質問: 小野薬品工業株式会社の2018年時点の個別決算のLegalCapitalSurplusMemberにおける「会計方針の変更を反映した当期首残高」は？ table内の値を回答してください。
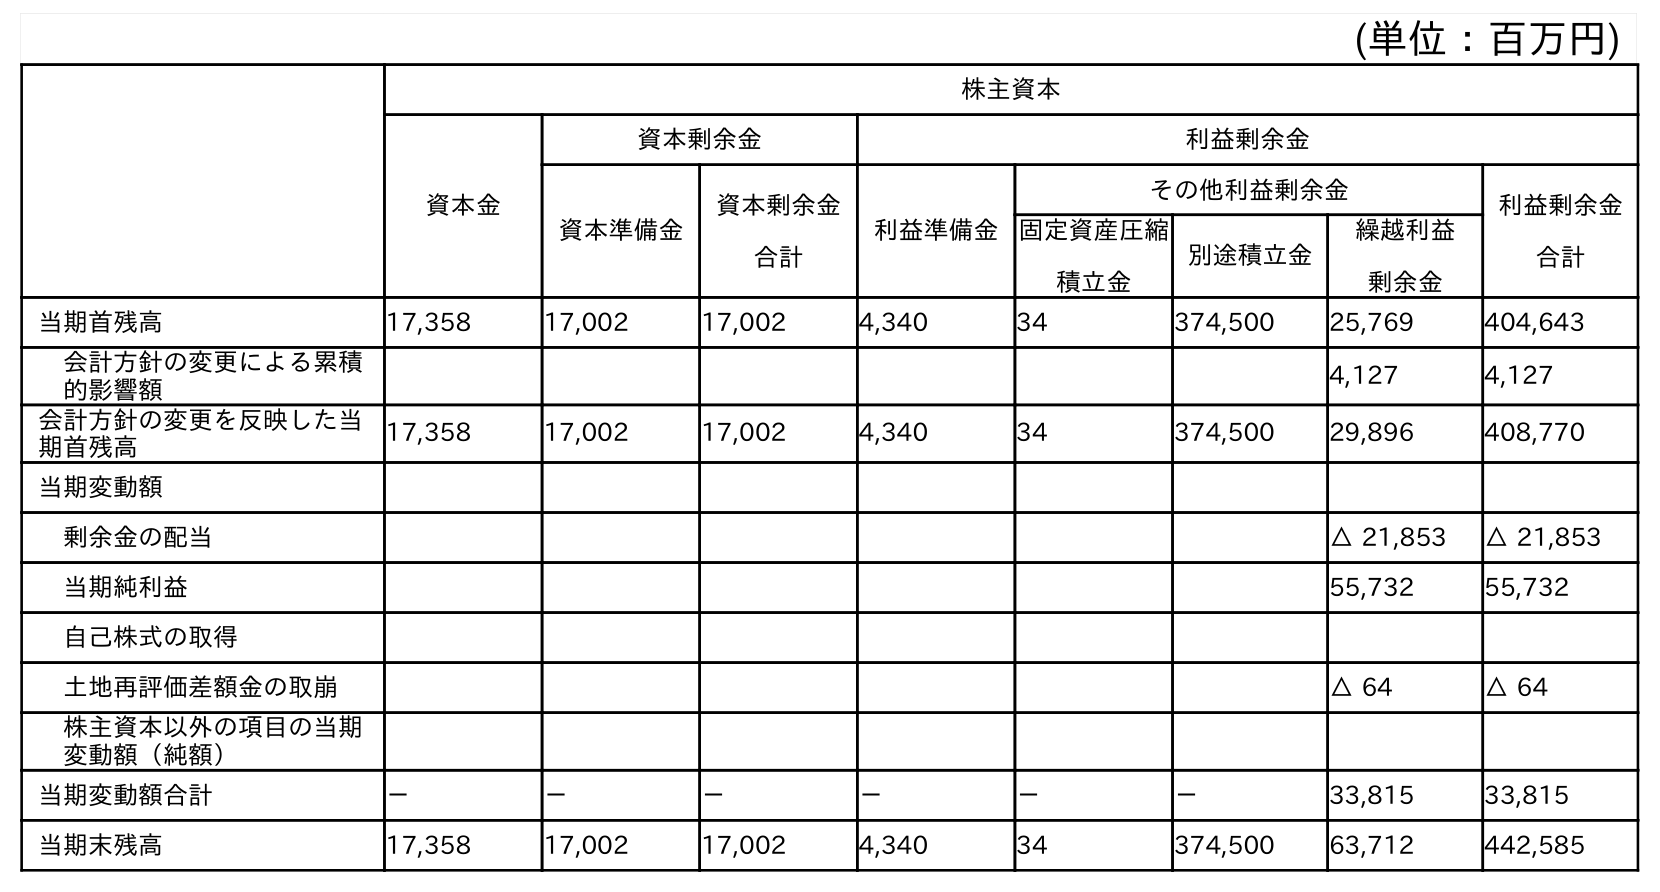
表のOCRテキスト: (単位：百万円) 株主資本 資本金 資本剰余金 利益剰余金 資本準備金 資本剰余金 合計 利益準備金 その他利益剰余金 利益剰余金 合計 固定資産圧縮 積立金 別途積立金 繰越利益 剰余金 当期首残高 17,358 17,002 17,002 4,340 34 374,500 25,769 404,643 会計方針の変更による累積 的影響額 4,127 4,127 会計方針の変更を反映した当 期首残高 17,358 17,002 17,002 4,340 34 374,500 29,896 408,770 当期変動額 剰余金の配当 △ 21,853 △ 21,853 当期純利益 55,732 55,732 自己株式の取得 土地再評価差額金の取崩 △ 64 △ 64 株主資本以外の項目の当期 変動額（純額） 当期変動額合計 － － － － － － 33,815 33,815 当期末残高 17,358 17,002 17,002 4,340 34 374,500 63,712 442,585
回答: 17,002